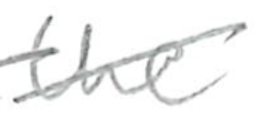
Text: the
Cross-out: diagonal
Writing tool: pencil